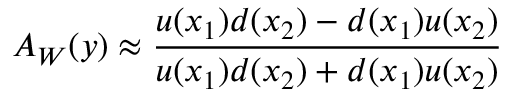
A _ { W } ( y ) \approx \frac { u ( x _ { 1 } ) d ( x _ { 2 } ) - d ( x _ { 1 } ) u ( x _ { 2 } ) } { u ( x _ { 1 } ) d ( x _ { 2 } ) + d ( x _ { 1 } ) u ( x _ { 2 } ) }